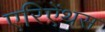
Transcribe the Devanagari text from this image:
एरिऐंथस